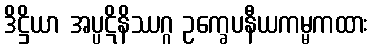
ဒိဋ္ဌိယာ အပ္ပဋိနိဿဂ္ဂ ဥက္ခေပနီယကမ္မကထား